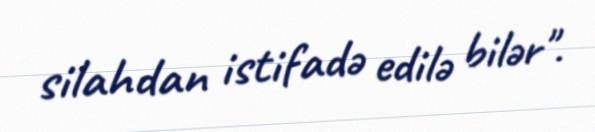
silahdan istifadə edilə bilər".